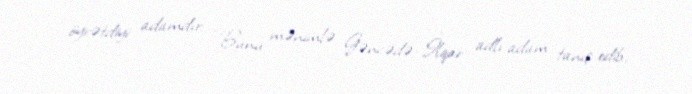
öyrətdiyi adamdır: “Bunu mənimlə Gəncədə İlqar adlı adam tanış edib.